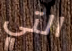
التي